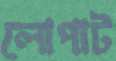
লোপাট